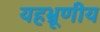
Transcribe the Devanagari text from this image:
यहभ्रूणीय